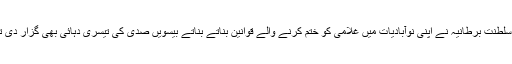
خود سلطنت برطانیہ نے اپنی نوآبادیات میں غلامی کو ختم کرنے والے قوانین بناتے بناتے بیسویں صدی کی تیسری دہائی بھی گزار دی تھی ۔